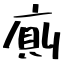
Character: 廁